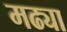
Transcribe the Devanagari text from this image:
मढ्या